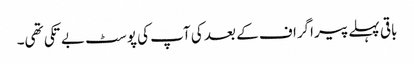
باقی پہلے پیراگراف کے بعد کی آپ کی پوسٹ بے تکی تھی۔